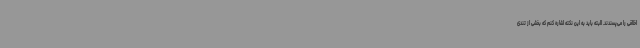
اخلاقی را می‌پسندند. البته باید به این نکته اشاره کنم که بخشی از تندی